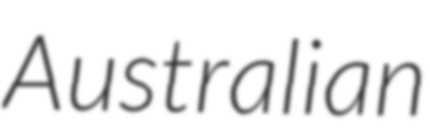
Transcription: Australian